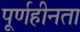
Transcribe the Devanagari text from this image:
पूर्णहीनता